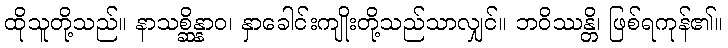
ထိုသူတို့သည်။ နာသစ္ဆိန္နာဝ၊ နှာခေါင်းကျိုးတို့သည်သာလျှင်။ ဘဝိဿန္တိ၊ ဖြစ်ရကုန်၏။